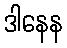
ဒါနေန